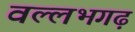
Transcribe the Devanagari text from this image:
वल्लभगढ़